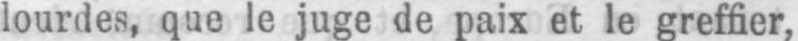
lourdes, que le juge de paix et le greffier,